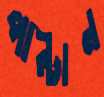
পাল্টান